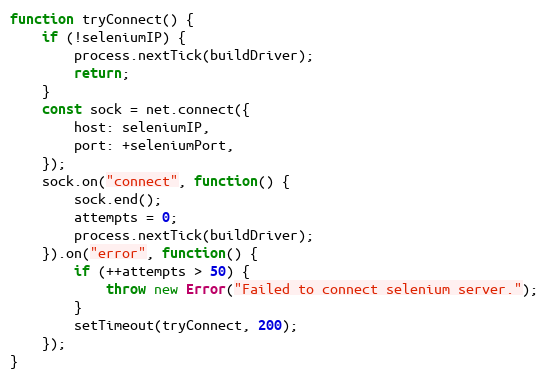
Language: JavaScript
function tryConnect() {
    if (!seleniumIP) {
        process.nextTick(buildDriver);
        return;
    }
    const sock = net.connect({
        host: seleniumIP,
        port: +seleniumPort,
    });
    sock.on("connect", function() {
        sock.end();
        attempts = 0;
        process.nextTick(buildDriver);
    }).on("error", function() {
        if (++attempts > 50) {
            throw new Error("Failed to connect selenium server.");
        }
        setTimeout(tryConnect, 200);
    });
}